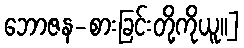
ဘောဇန-စားခြင်းတို့ကိုယူ၊၊]